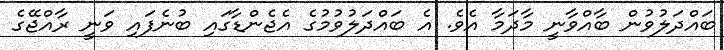
ބައްދަލުވުން ބާއްވާނީ މާދަމާ އެވެ. އެ ބައްދަލުވުމުގެ އެޖެންޑާގައި ބުނެފައި ވަނީ ރާއްޖޭގެ